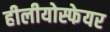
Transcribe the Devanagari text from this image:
हीलीयोस्फेयर